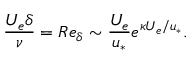
\frac { U _ { e } \delta } { \nu } = R e _ { \delta } \sim \frac { U _ { e } } { u _ { * } } e ^ { \kappa U _ { e } / u _ { * } } .